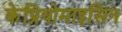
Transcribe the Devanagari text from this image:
केप्रियोमाइसिन